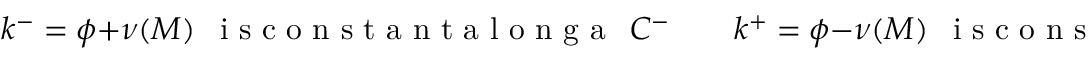
k ^ { - } = \phi + \nu ( M ) ~ ~ \textrm { i s c o n s t a n t a l o n g a } ~ ~ { \cal C } ^ { - } ~ ~ ~ ~ ~ ~ ~ ~ ~ k ^ { + } = \phi - \nu ( M ) ~ ~ \textrm { i s c o n s t a n t a l o n g a } ~ ~ { \cal C } ^ { + } .